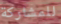
للمشاركة